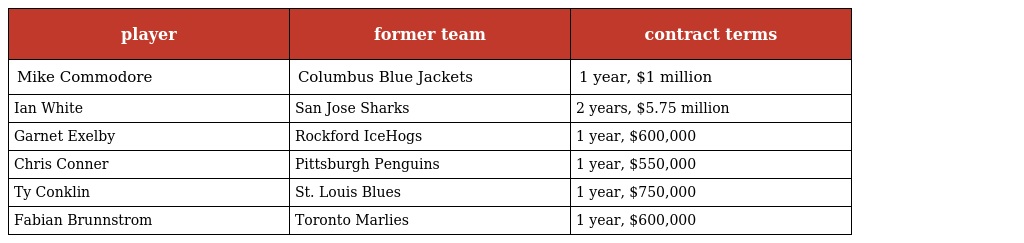
| player | former team | contract terms |
 | --- | --- | --- |
 | Mike Commodore | Columbus Blue Jackets | 1 year, $1 million |
 | Ian White | San Jose Sharks | 2 years, $5.75 million |
 | Garnet Exelby | Rockford IceHogs | 1 year, $600,000 |
 | Chris Conner | Pittsburgh Penguins | 1 year, $550,000 |
 | Ty Conklin | St. Louis Blues | 1 year, $750,000 |
 | Fabian Brunnstrom | Toronto Marlies | 1 year, $600,000 |